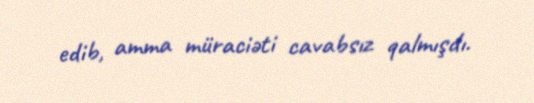
edib, amma müraciəti cavabsız qalmışdı.